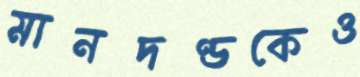
মানদণ্ডকেও